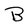
Character: B